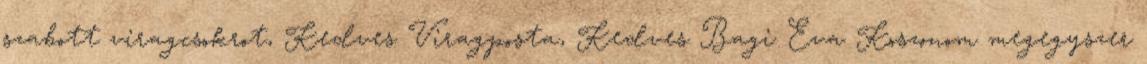
szabott viragcsokrot, Kedves Viragposta, Kedves Bagi Eva Koszonom megegyszer